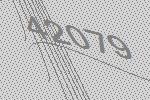
42079